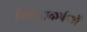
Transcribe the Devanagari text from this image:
विषयाकर्षणों